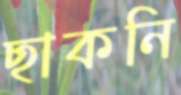
ছাকনি